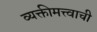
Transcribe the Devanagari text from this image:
व्यक्तीमत्त्वाची